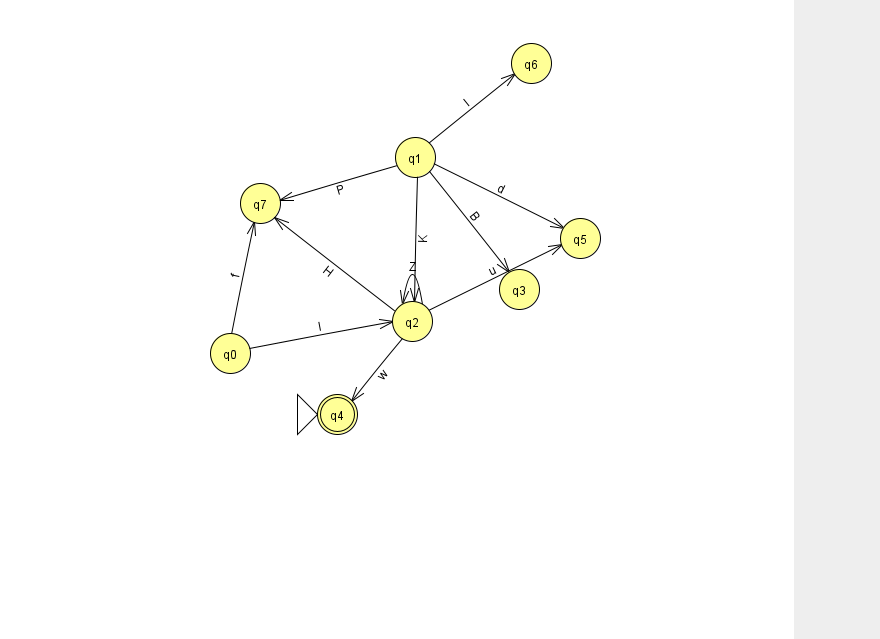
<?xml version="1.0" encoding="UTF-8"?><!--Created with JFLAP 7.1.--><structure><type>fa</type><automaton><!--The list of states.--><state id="0" name="q0"><x>230.0</x><y>340.0</y></state><state id="1" name="q1"><x>415.0</x><y>144.0</y></state><state id="2" name="q2"><x>412.0</x><y>308.0</y></state><state id="3" name="q3"><x>519.0</x><y>276.0</y></state><state id="4" name="q4"><x>337.0</x><y>401.0</y><initial/><final/></state><state id="5" name="q5"><x>580.0</x><y>225.0</y></state><state id="6" name="q6"><x>531.0</x><y>50.0</y></state><state id="7" name="q7"><x>260.0</x><y>190.0</y></state><!--The list of transitions.--><transition><from>2</from><to>7</to><read>H</read></transition><transition><from>1</from><to>5</to><read>d</read></transition><transition><from>1</from><to>6</to><read>l</read></transition><transition><from>2</from><to>5</to><read>u</read></transition><transition><from>1</from><to>2</to><read>K</read></transition><transition><from>1</from><to>3</to><read>B</read></transition><transition><from>2</from><to>4</to><read>w</read></transition><transition><from>1</from><to>7</to><read>P</read></transition><transition><from>2</from><to>2</to><read>Z</read></transition><transition><from>0</from><to>7</to><read>f</read></transition><transition><from>0</from><to>2</to><read>l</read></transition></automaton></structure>